Civil Veterinary Department. Madras. Admin. report 1926-33 - 1926-1933
Year: 1926
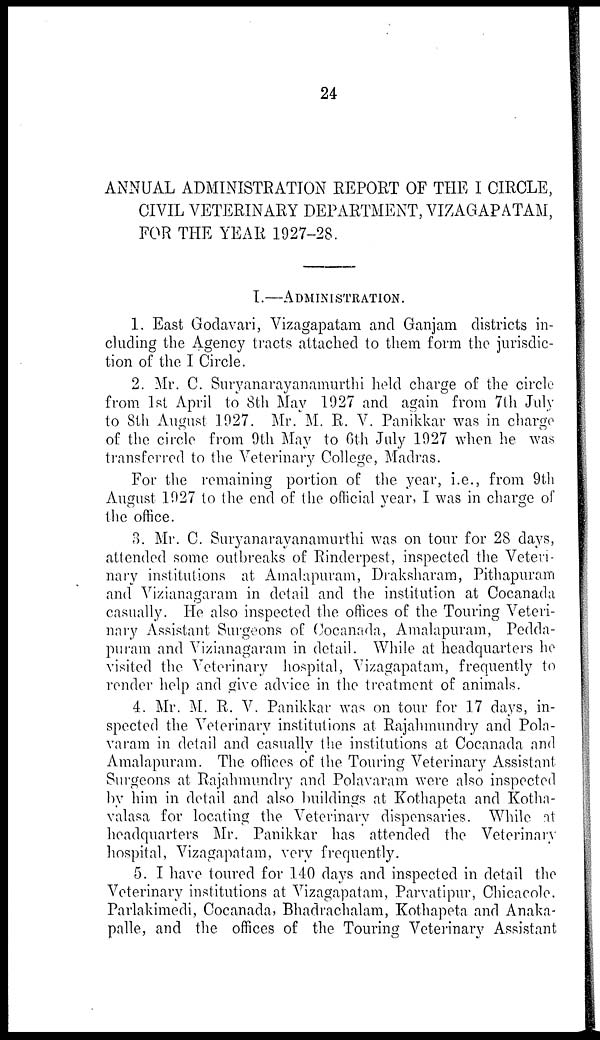
24
ANNUAL ADMINISTRATION REPORT OF THE I CIRCLE,
CIVIL VETERINARY DEPARTMENT, VIZAGAPATAM,
FOR THE YEAR 1927-28.
I.—ADMINISTRATION.
1. East Godavari, Vizagapatam and Ganjam districts in-
cluding the Agency tracts attached to them form the jurisdic-
tion of the I Circle.
2. Mr. C. Suryanarayanamurthi held charge of the circle
from 1st April to 8th May 1927 and again from 7th July
to 8th August 1927. Mr. M. R. V. Panikkar was in charge
of the circle from 9th May to 6th July 1927 when he was
transferred to the Veterinary College, Madras.
For the remaining portion of the year, i.e., from 9th
August 1927 to the end of the official year, I was in charge of
the office.
3. Mr. C. Suryanarayanamurthi was on tour for 28 days,
attended some outbreaks of Rinderpest, inspected the Veteri-
nary institutions at Amalapuram, Draksharam, Pithapuram
and Vizianagaram in detail and the institution at Cocanada
casually. He also inspected the offices of the Touring Veteri-
nary Assistant Surgeons of Cocanada, Amalapuram, Pedda-
puram and Vizianagaram in detail. While at headquarters he
visited the Veterinary hospital, Vizagapatam, frequently to
render help and give advice in the treatment of animals.
4. Mr. M. R. V. Panikkar was on tour for 17 days, in-
spected the Veterinary institutions at Rajahmundry and Pola-
varam in detail and casually the institutions at Cocanada and
Amalapuram. The offices of the Touring Veterinary Assistant
Surgeons at Rajahmundry and Polavaram were also inspected
by him in detail and also buildings at Kothapeta and Kotha-
valasa for locating the Veterinary dispensaries. While at
headquarters Mr. Panikkar has attended the Veterinary
hospital, Vizagapatam, very frequently.
5. I have toured for 140 days and inspected in detail the
Veterinary institutions at Vizagapatam, Parvatipur, Chicacole,
Parlakimedi, Cocanada, Bhadrachalam, Kothapeta and Anaka-
palle, and the offices of the Touring Veterinary Assistant